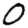
Digit: 0